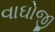
વાઘોજી